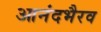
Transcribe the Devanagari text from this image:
आनंदभैरव